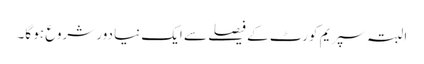
البتہ سپریم کورٹ کے فیصلے سے ایک نیا دور شروع ہو گا۔